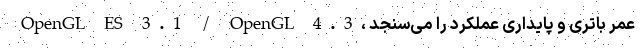
OpenGL ES 3.1 / OpenGL 4.3، عمر باتری و پایداری عملکرد را می‌سنجد